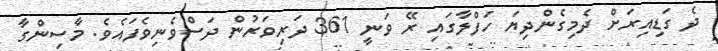
ދެ ގަޑިއިރަށް ދެމިގެންދިޔަ ހަފްލާގައި ރޭ ވަނީ 361 ދަރިވަރުން ދަސްވެނިވެފައެވެ. މާސިންގާ